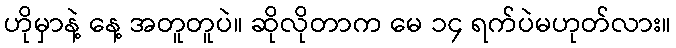
ဟိုမှာနဲ့ နေ့ အတူတူပဲ။ ဆိုလိုတာက မေ ၁၄ ရက်ပဲမဟုတ်လား။